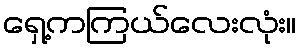
ရှေ့ကကြယ်လေးလုံး။